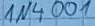
Text: 1N4001